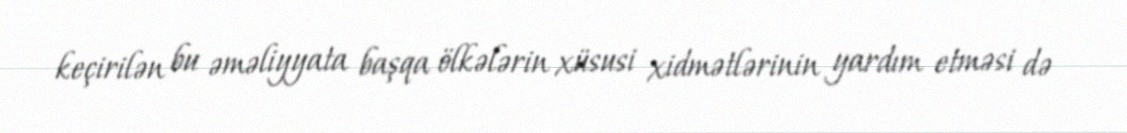
keçirilən bu əməliyyata başqa ölkələrin xüsusi xidmətlərinin yardım etməsi də